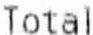
TOTAL